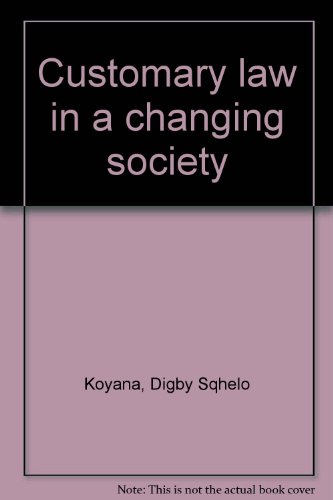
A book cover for Customary law in a changing society; Digby Sqhelo Koyana; Law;